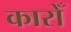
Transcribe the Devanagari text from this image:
कारोँ